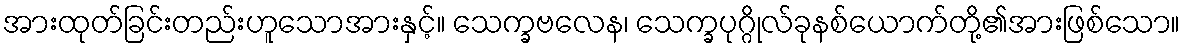
အားထုတ်ခြင်းတည်းဟူသောအားနှင့်။ သေက္ခဗလေန၊ သေက္ခပုဂ္ဂိုလ်ခုနစ်ယောက်တို့၏အားဖြစ်သော။